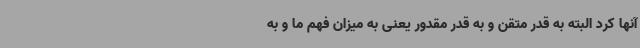
آنها کرد البته به قدر متقن و به قدر مقدور یعنی به میزان فهم ما و به